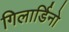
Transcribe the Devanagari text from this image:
गिलार्डिनो